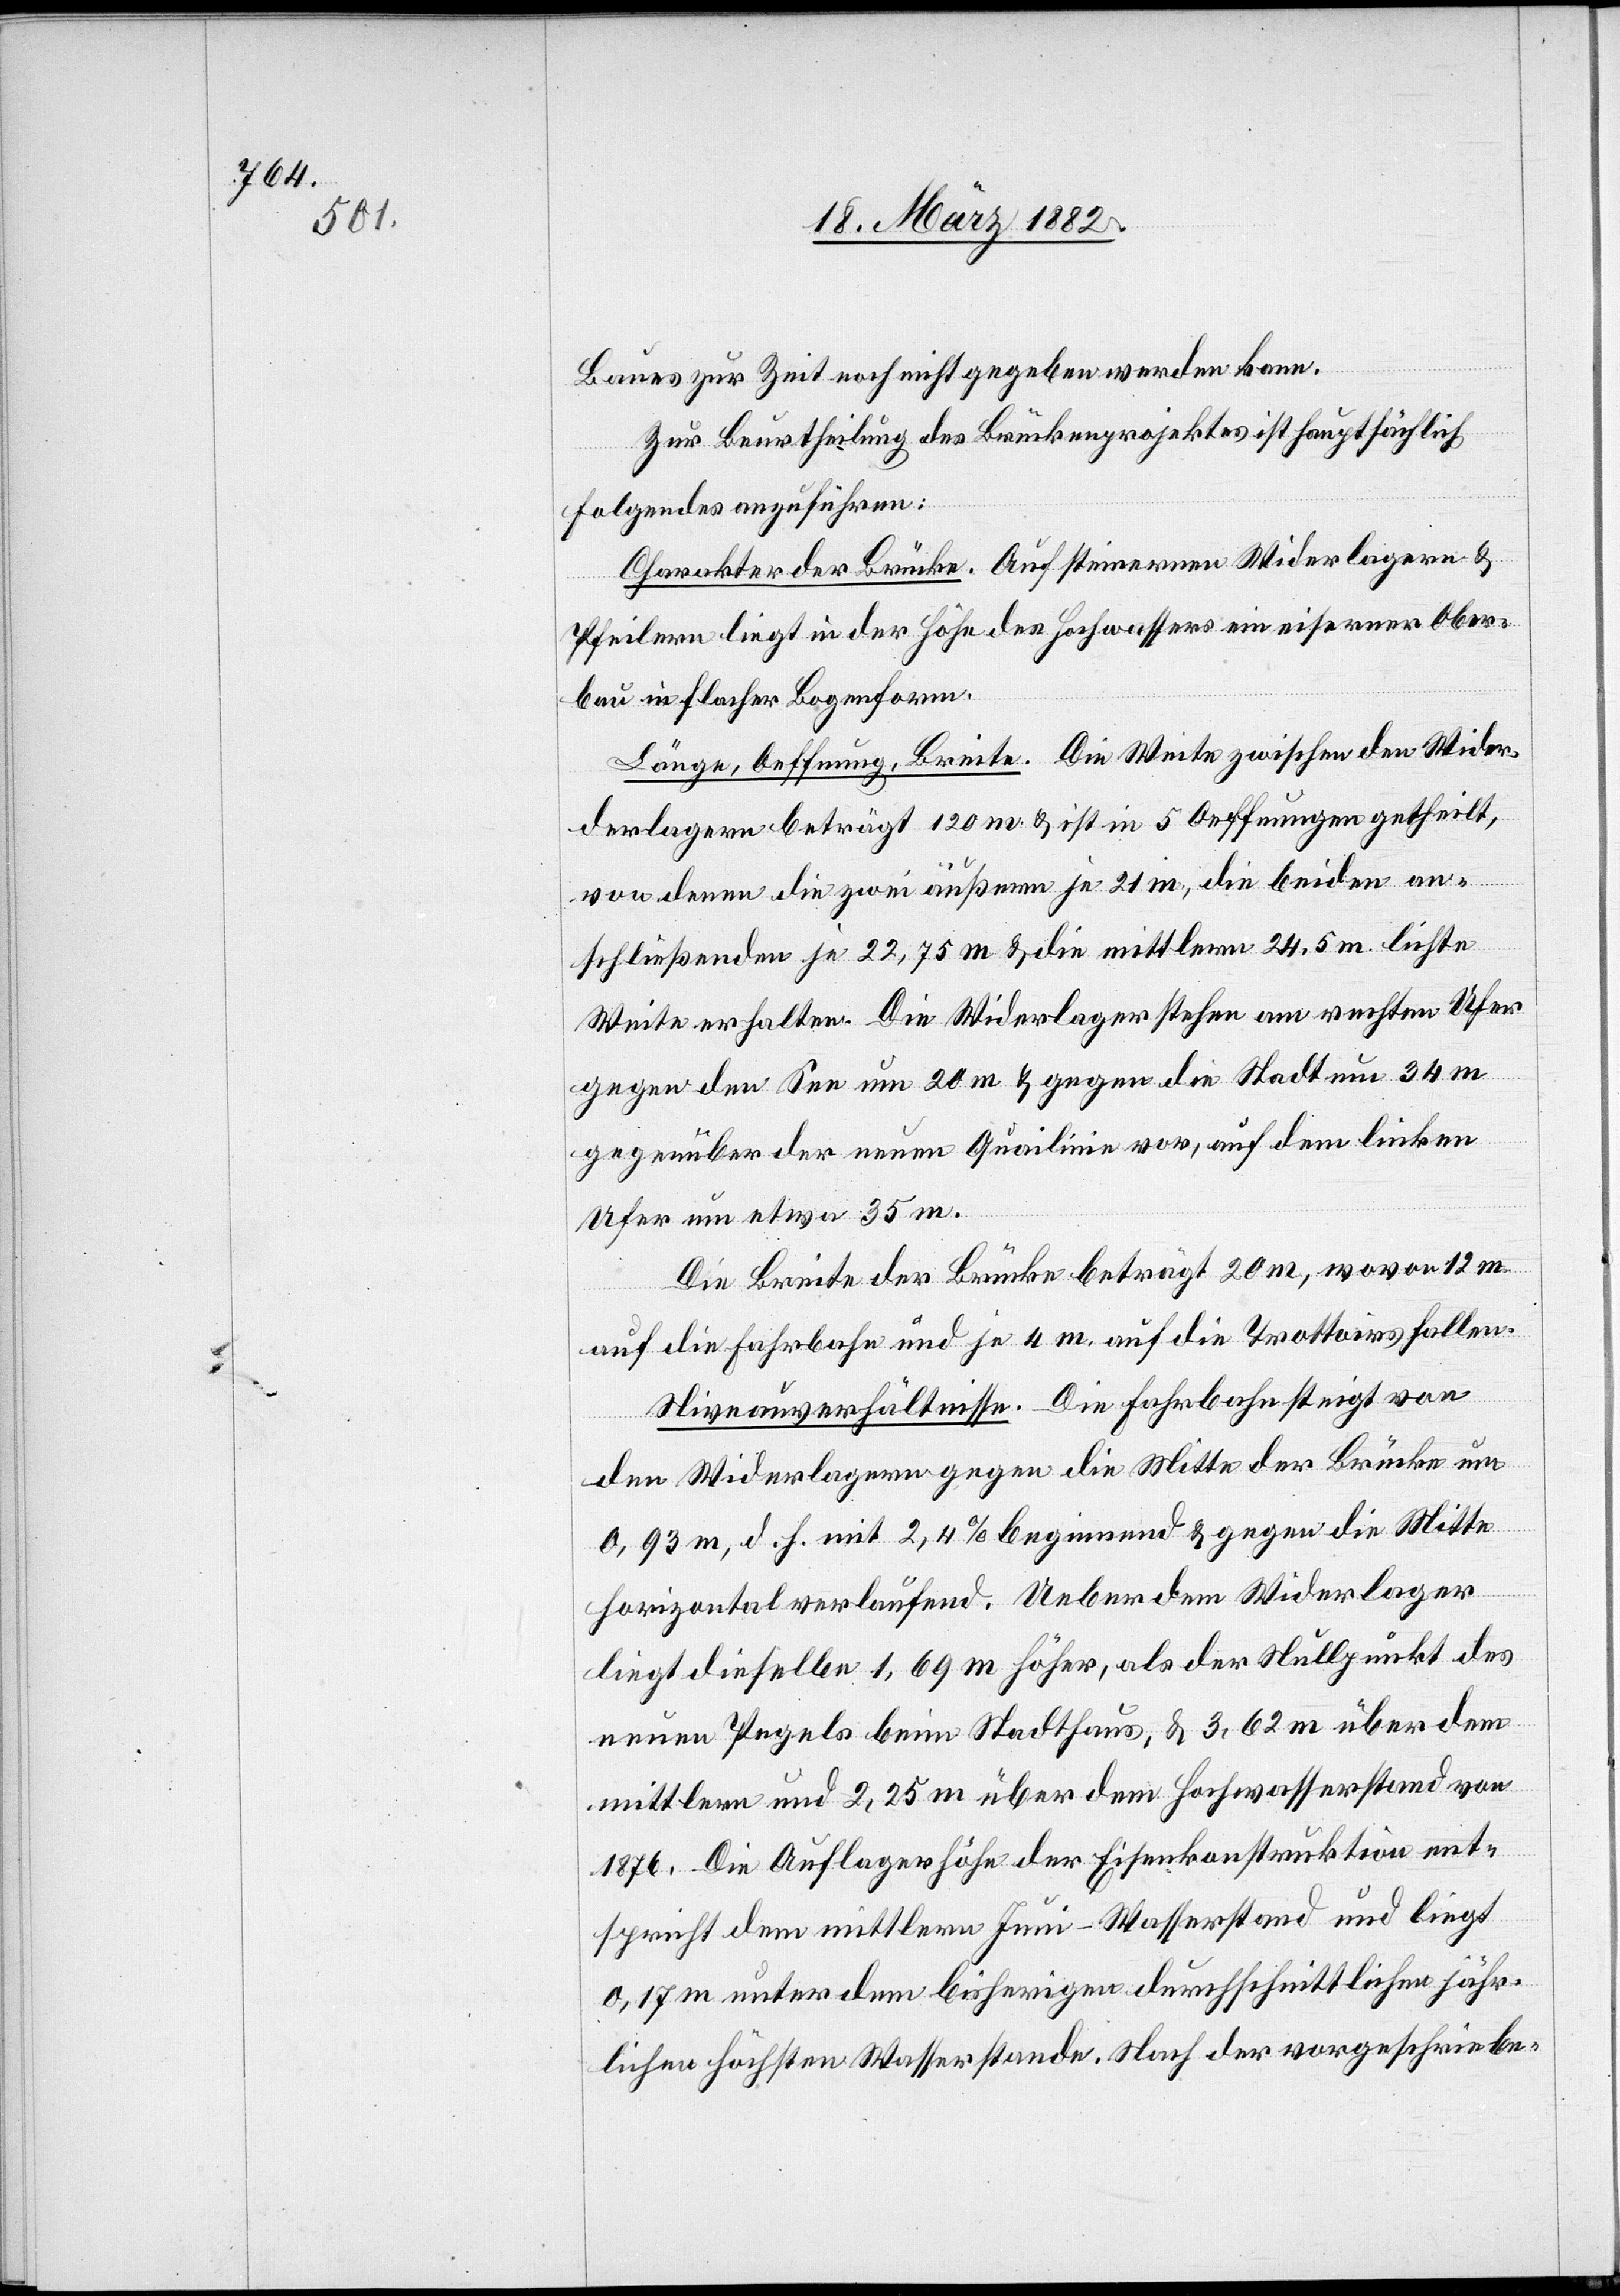
Baues zur Zeit noch nicht gegeben werden kann.
Zur Beurtheilung des Brückenprojektes ist hauptsächlich
folgendes anzuführen:
Charakter der Brücke. Auf steinernen Widerlagern &
Pfeilern liegt in der Höhe des Hochwassers ein eiserner Ober¬
bau in flacher Bogenform.
Länge, Oeffnung, Breite. Die Weite zwischen den Wid¬
erlagern beträgt 120 m & ist in 5 Oeffnungen getheilt,
von denen die zwei äußern je 21 m, die beiden an¬
schließenden je 22,75 m & die mittlern 24,5 m lichte
Weite erhalten. Die Widerlager stehen am rechten Ufer
gegen den See um 20 m & gegen die Stadt um 34 m
gegenüber der neuen Quailinie vor, auf dem linken
Ufer um etwa 35 m.
Die Breite der Brücke beträgt 20 m, wovon 12 m
auf die Fahrbahn und je 4 m auf die Trottoirs fallen.
Niveauverhältnisse. Die Fahrbahn steigt von
den Widerlagern gegen die Mitte der Brücke um
0,93 m d. h. mit 2,4% beginnend & gegen die Mitte
horizontal verlaufend. Ueber dem Widerlager
liegt dieselbe 1,69 m höher, als der Nullpunkt des
neuen Pegels beim Stadthaus, & 3,62 m über dem
mittleren und 2,25 m über dem Hochwasserstand von
1876. Die Auflagerhöhe der Eisenkonstruktion ent¬
spricht dem mittleren Juni-Wasserstand und liegt
0,17 m unter dem bisherigen durchschnittlichen jähr¬
lichen höchsten Wasserstande. Nach der vorgeschriebe-